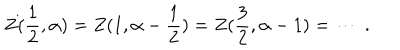
Z ( \frac { 1 } { 2 } , \alpha ) = Z ( 1 , \alpha - \frac { 1 } { 2 } ) = Z ( \frac { 3 } { 2 } , \alpha - 1 ) = \cdots \; .